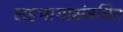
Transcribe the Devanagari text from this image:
सहभागासंबधित